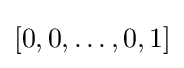
[0,0,\ldots ,0,1]